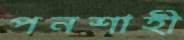
পনশাহী